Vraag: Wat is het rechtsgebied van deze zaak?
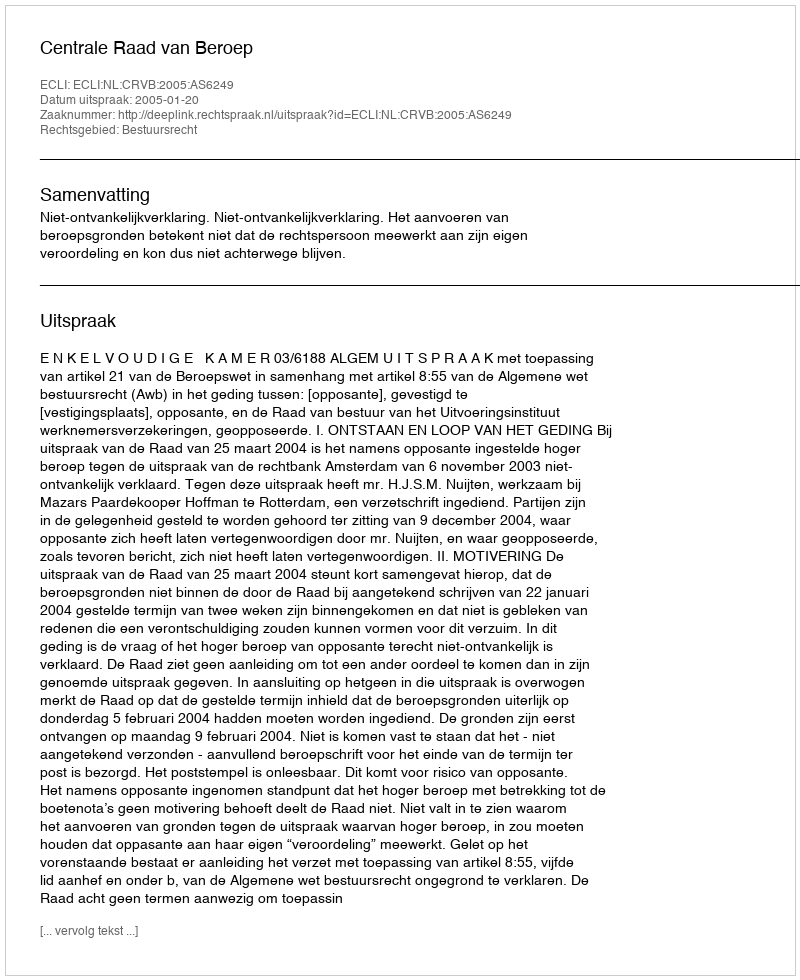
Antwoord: Bestuursrecht